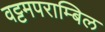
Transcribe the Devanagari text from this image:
वट्टमपराम्बिल